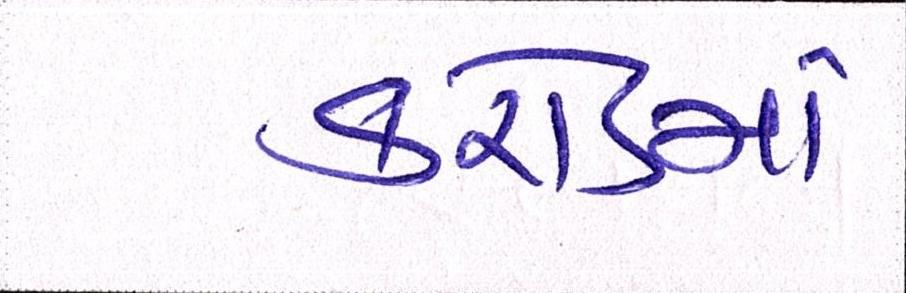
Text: કરોડમાં